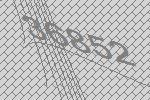
36852